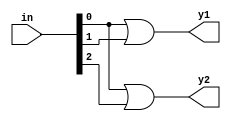
module encoder4x2_df(in,y1,y2);
  input [3:0]in;
  output y1,y2;
  assign y1 = in[0]|in[1];
  assign y2 = in[0]|in[2];
endmodule

module encode_tb;
  reg [3:0]in;
  wire y1,y2;
  encoder4x2_df E1(in,y1,y2);
  initial
  begin
    in = 4'b1000;#10;
    in = 4'b0100;#10;
    in = 4'b0010;#10;
    in = 4'b0001;
  end
endmodule